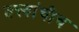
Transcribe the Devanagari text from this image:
तत्त्वांचीच